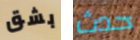
بشق حدث